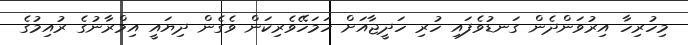
މިހުރިހާ އިރުވަންދެން ގަނޑުވެފައި ހުރި ހަދީޖާއަށް ހަމަހޭވެރިކަން ވެގެން ދިޔައީ އިމްރާނުގެ ރުއިމުގެ